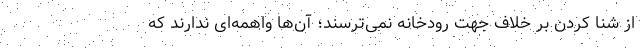
از شنا کردن بر خلاف جهت رودخانه نمی‌ترسند؛ آن‌ها واهمه‌ای ندارند که